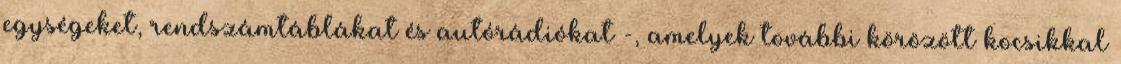
egységeket, rendszámtáblákat és autórádiókat -, amelyek további körözött kocsikkal